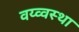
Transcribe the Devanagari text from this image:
वय्व्वस्था